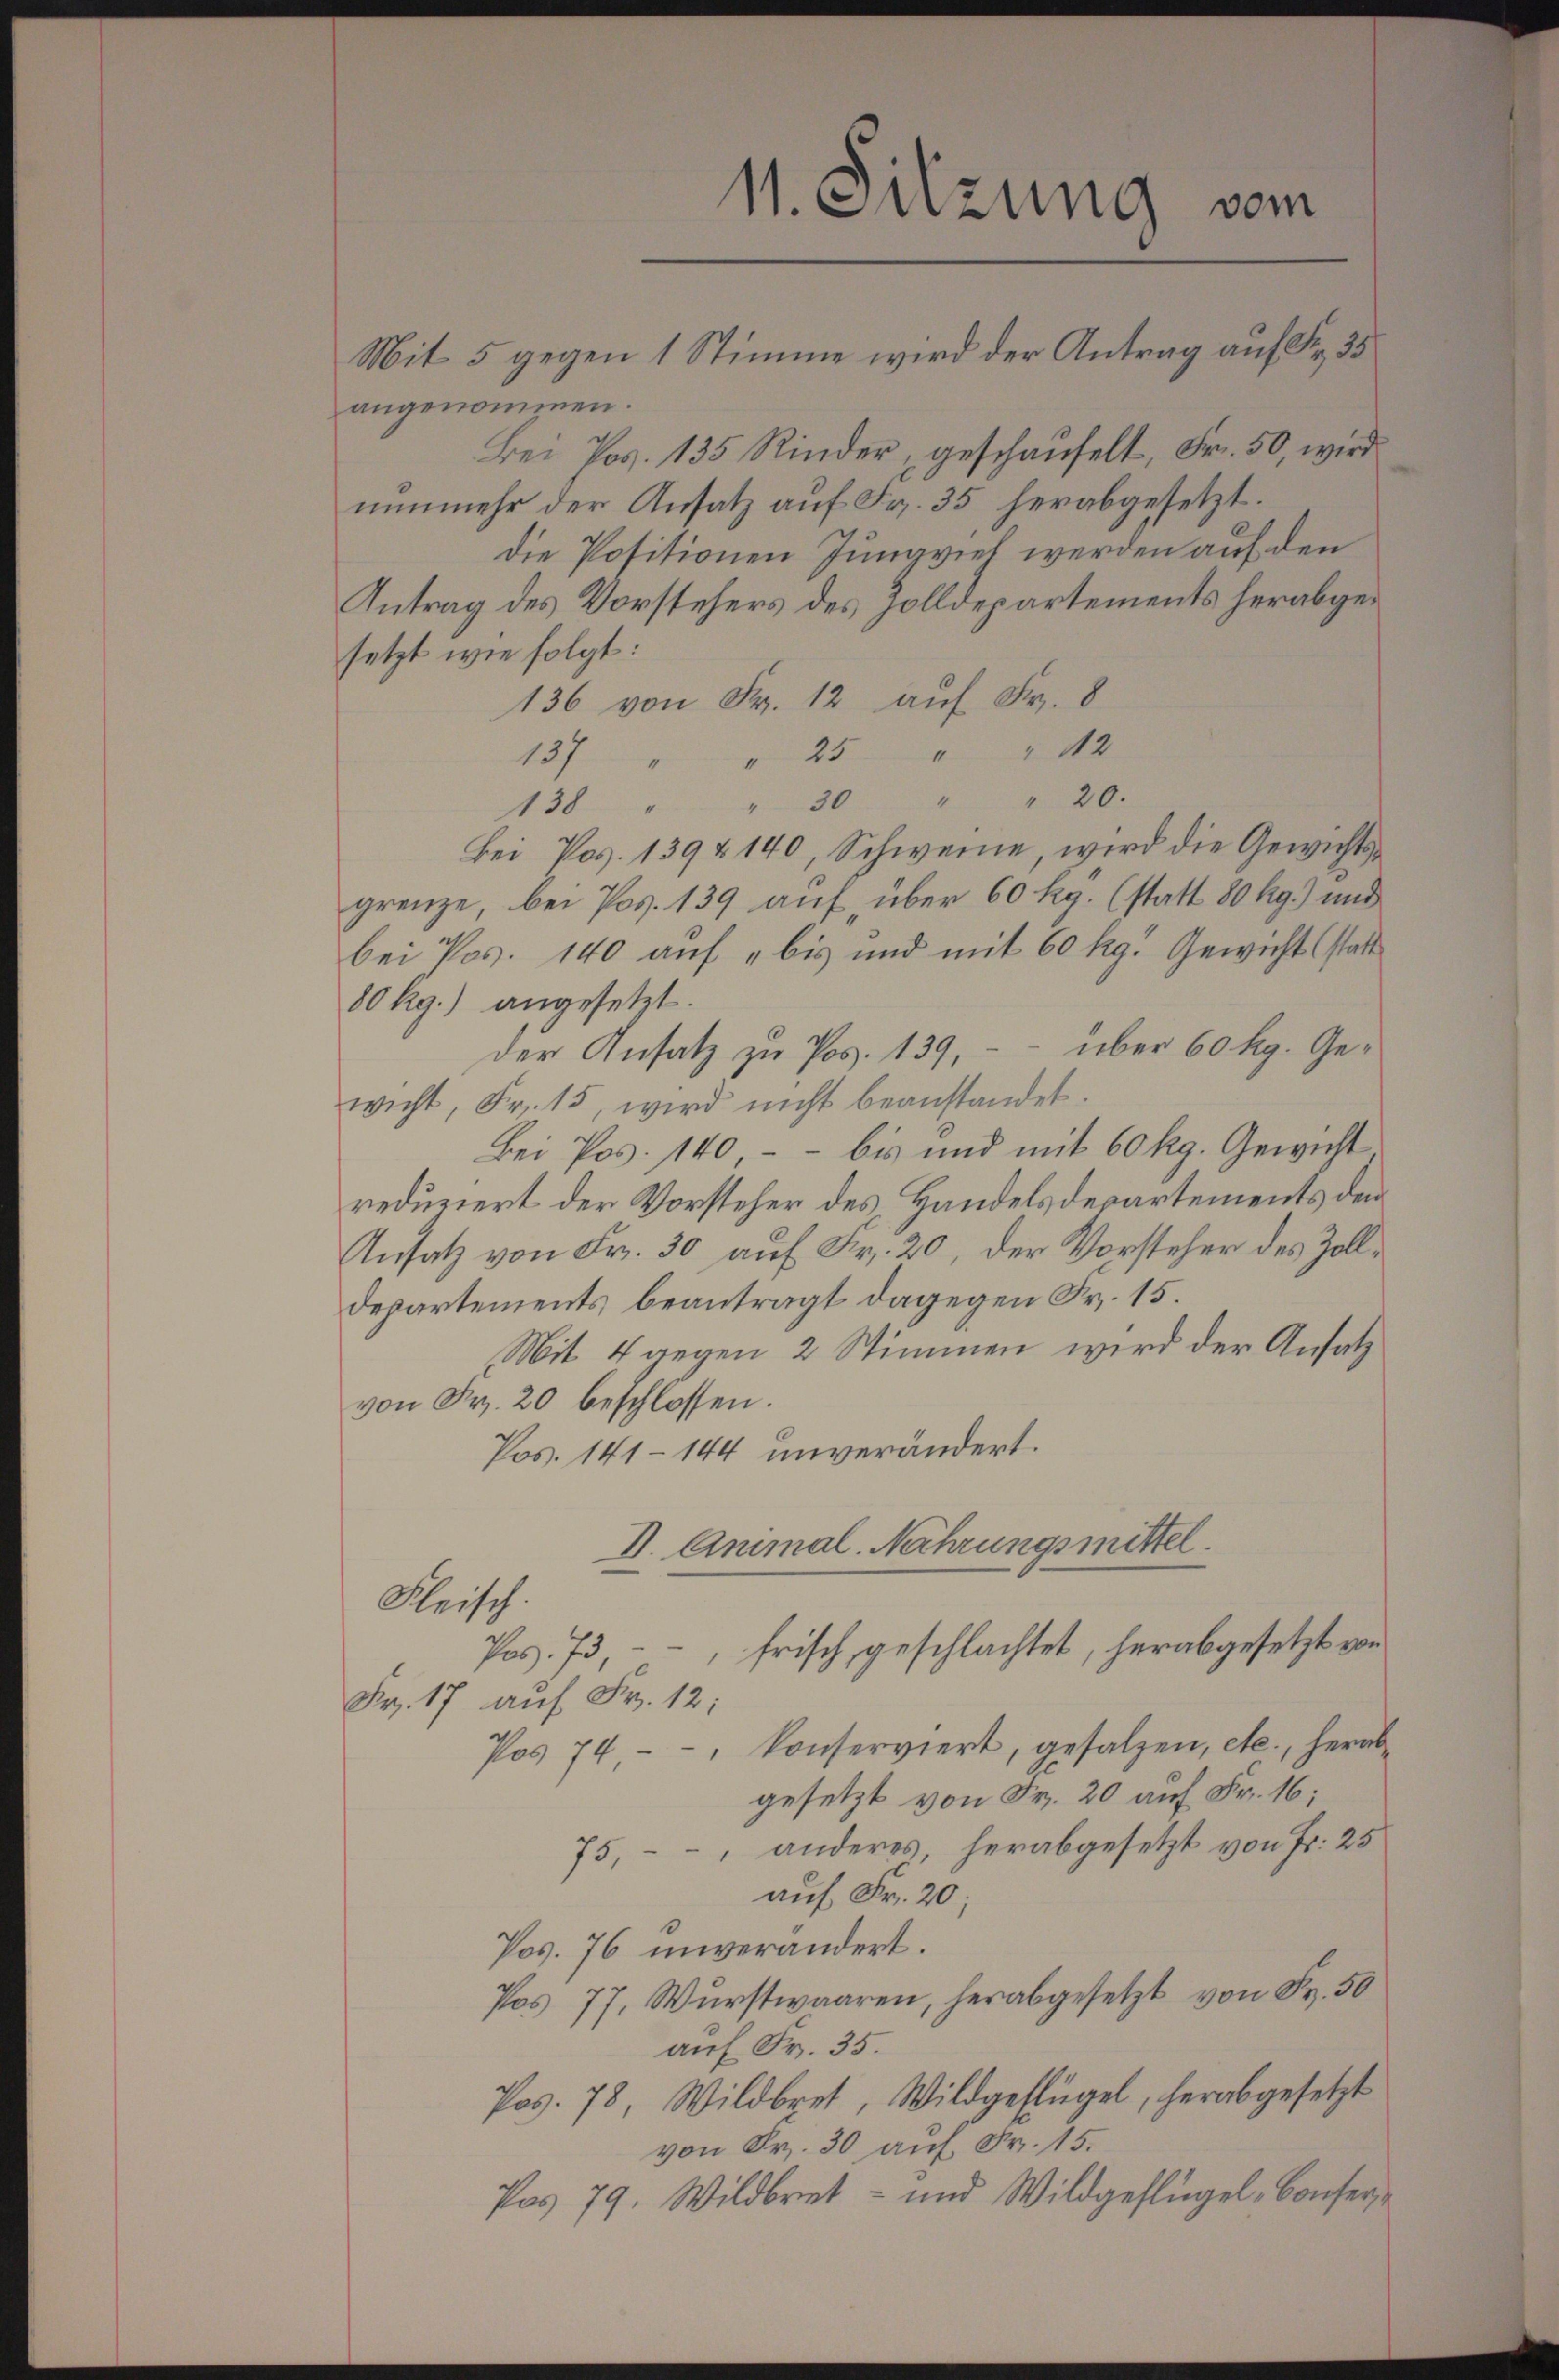
angenommen.
Bei Pos. 135 Rinder, geschaufelt, Fr. 50, wird
nunmehr der Ansatz auf Fr. 35 herabgesetzt.
die Positionen Jungviel werden auf den
Antrag des Vorstehers des Zolldepartements herabgesetzt wie folgt:
136 von Fr. 12 auf Fr. 8
137 " " 25 " " 12
138 " " 30 " " 20.
Bei Pos. 139 & 140, Schweine, wird die Gewichtsgrenze, bei Pos. 139 auf, über 60 Rg. (statt 80 kg) und
bei Pos. 140 auf 4 bis und mit 60 kg Gewicht (statt
80 Rg.) angesetzt.
der Ansatz zu Pos. 139, -- über 60 kg. Gewicht, Fr. 15, wird nicht beanstandet.
Bei Pos. 140 – – bis und mit 60 kg. Gewicht
reduziert der Vorsteher des Handelsdepartements dem
Ansatz von Fr. 30 auf Fr. 20, der Vorsteher des Zolldepartements beantragt dagegen Fr. 15.
Mit 4 gegen 2 Stimmen wird der Ansatz
von Fr. 20 beschlossen.
Pos. 141 - 144 unverändert.
V. Animal. Nahrungsmittel
Fleisch.
Pas. 73, -- frisch geschlachtet, herabgesetzt von
Fr. 17 auf Fr. 12;
Pos 74--, konserviert, gesalzen, etc., herab
gesetzt von Fr. 20 auf Fr. 16;
75, - anderes, herabgesetzt von Fr. 25
auf Fr. 20;
Pos. 76 unverändert.
Pos 77, Wurstwaaren, herabgesetzt von Fr. 50
auf Fr. 35.
Pos. 78, Wildbret, Wildgeflügel, herabgesetzt
von Fr. 30 auf Fr. 15.
Pas 79. Wildbriet- und Wildgeflügel - Confer

11. Sitzung vom
Mit 5 gegen 1 Stimme wird der Antrag auf Fr. 35